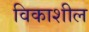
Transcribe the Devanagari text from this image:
विकाशील